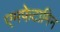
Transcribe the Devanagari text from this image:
एमफेटामिन